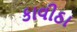
કાવીઠા